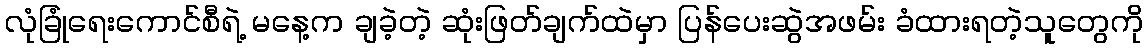
လုံခြုံရေးကောင်စီရဲ့ မနေ့က ချခဲ့တဲ့ ဆုံးဖြတ်ချက်ထဲမှာ ပြန်ပေးဆွဲအဖမ်း ခံထားရတဲ့သူတွေကို